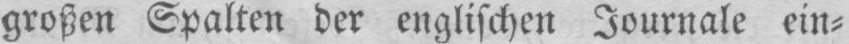
großen Spalten der englischen Journale ein⸗